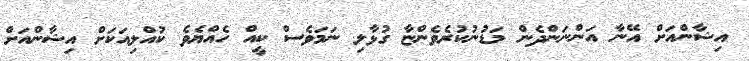
އިޝާންއަށް އޭނާ އަންނަންދެން މަޑުނުކުރެވެންޏާ ގުޅާލި ނަމަވެސް ކީއް ހެއްޔެވެ ކުއްލިއަކަށް އިޝާންއަށް